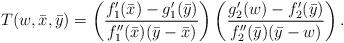
LaTeX: \begin{align*}T(w,\bar{x},\bar{y}) = \left(\frac{f_{1}'(\bar{x}) - g_{1}'(\bar{y})}{f_{1}''(\bar{x})(\bar{y}-\bar{x})}\right)\left(\frac{g_{2}'(w) - f_{2}'(\bar{y})}{f_{2}''(\bar{y})(\bar{y}-w)}\right).\end{align*}